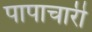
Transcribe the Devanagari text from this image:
पापाचारी